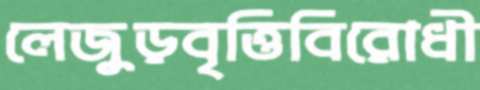
লেজুড়বৃত্তিবিরোধী